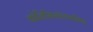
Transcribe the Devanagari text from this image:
कोलिसिस्टोकाइनिन